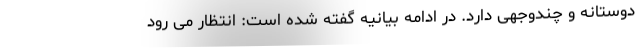
دوستانه و چندوجهی دارد. در ادامه بیانیه گفته شده است: انتظار می رود